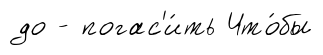
до - погас'и́ть Что́бы